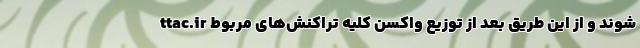
ttac.ir شوند و از این طریق بعد از توزیع واکسن کلیه تراکنش‌های مربوط